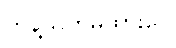
ကန့်သတ်မထားပေ